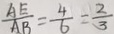
\frac { A E } { A B } = \frac { 4 } { 6 } = \frac { 2 } { 3 }